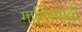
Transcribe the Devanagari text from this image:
गाग्लियार्दी